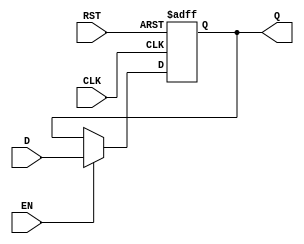
module DataRegister #(
    parameter WIDTH = 8  // Parameterized width of the Data Input and Output
)(
    input wire [WIDTH-1:0] D,      // Data Input
    input wire CLK,                 // Clock Signal
    input wire RST,                 // Asynchronous Reset
    input wire EN,                  // Optional Enable Signal
    output reg [WIDTH-1:0] Q        // Data Output
);

// Always block for the data register behavior
always @(posedge CLK or posedge RST) begin
    if (RST) begin
        Q <= {WIDTH{1'b0}};          // Asynchronous reset to zero
    end else if (EN) begin
        Q <= D;                     // Capture data on clock edge when enabled
    end
    // If EN is low, Q retains its previous value
end

endmodule